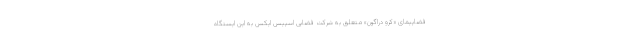
فضاپیمای «کرو دراگون» متعلق به شرکت فضایی اسپیس ایکس به این ایستگاه